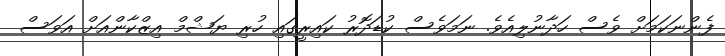
ފެންނަކަމަށް ވެސް ހަދާނުލިއެވެ. ނަމަވެސް ކުޑަދޮރު ކައިރީގައި ހުރި ޔަޝްމް އިޒްކާންއަށް އަވަސް